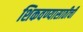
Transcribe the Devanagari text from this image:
शिकवण्यासाठीची